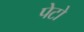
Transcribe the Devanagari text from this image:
पेटो